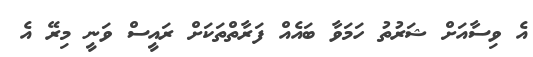
އެ ވިސާއަށް ޝަރުތު ހަމަވާ ބައެއް ފަރާތްތަކަށް ރައީސް ވަނީ މިރޭ އެ